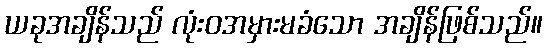
ယခုအချိန်သည် လုံးဝအမှားမခံသော အချိန်ဖြစ်သည်။